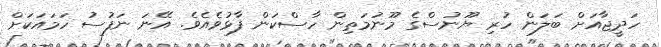
ހަދީޖާއަށް ބަލަން ހުރި ޔޫނުސްގެ މޫނުމަތިން ހާސްކަން ފާޅުވެއެވެ. އޭނަ ނަފުސު ހަމައަކަށް